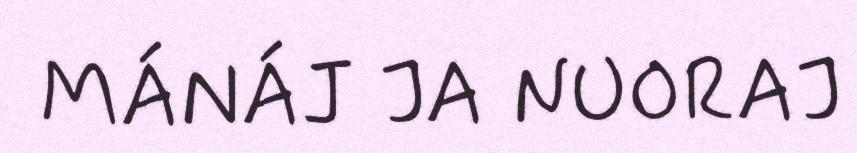
MÁNÁJ JA NUORAJ